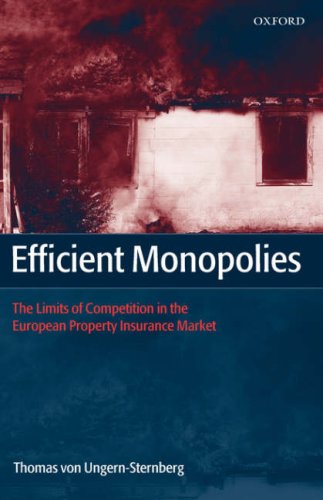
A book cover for Efficient Monopolies: The Limits of Competition in the European Property Insurance Market; Thomas von Ungern-Sternberg; Business & Money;